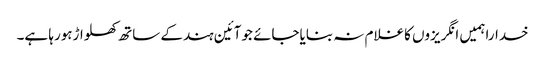
خداراہمیں انگریزوں کاغلام نہ بنایاجائے جوآئین ہندکے ساتھ کھلواڑہورہا ہے۔